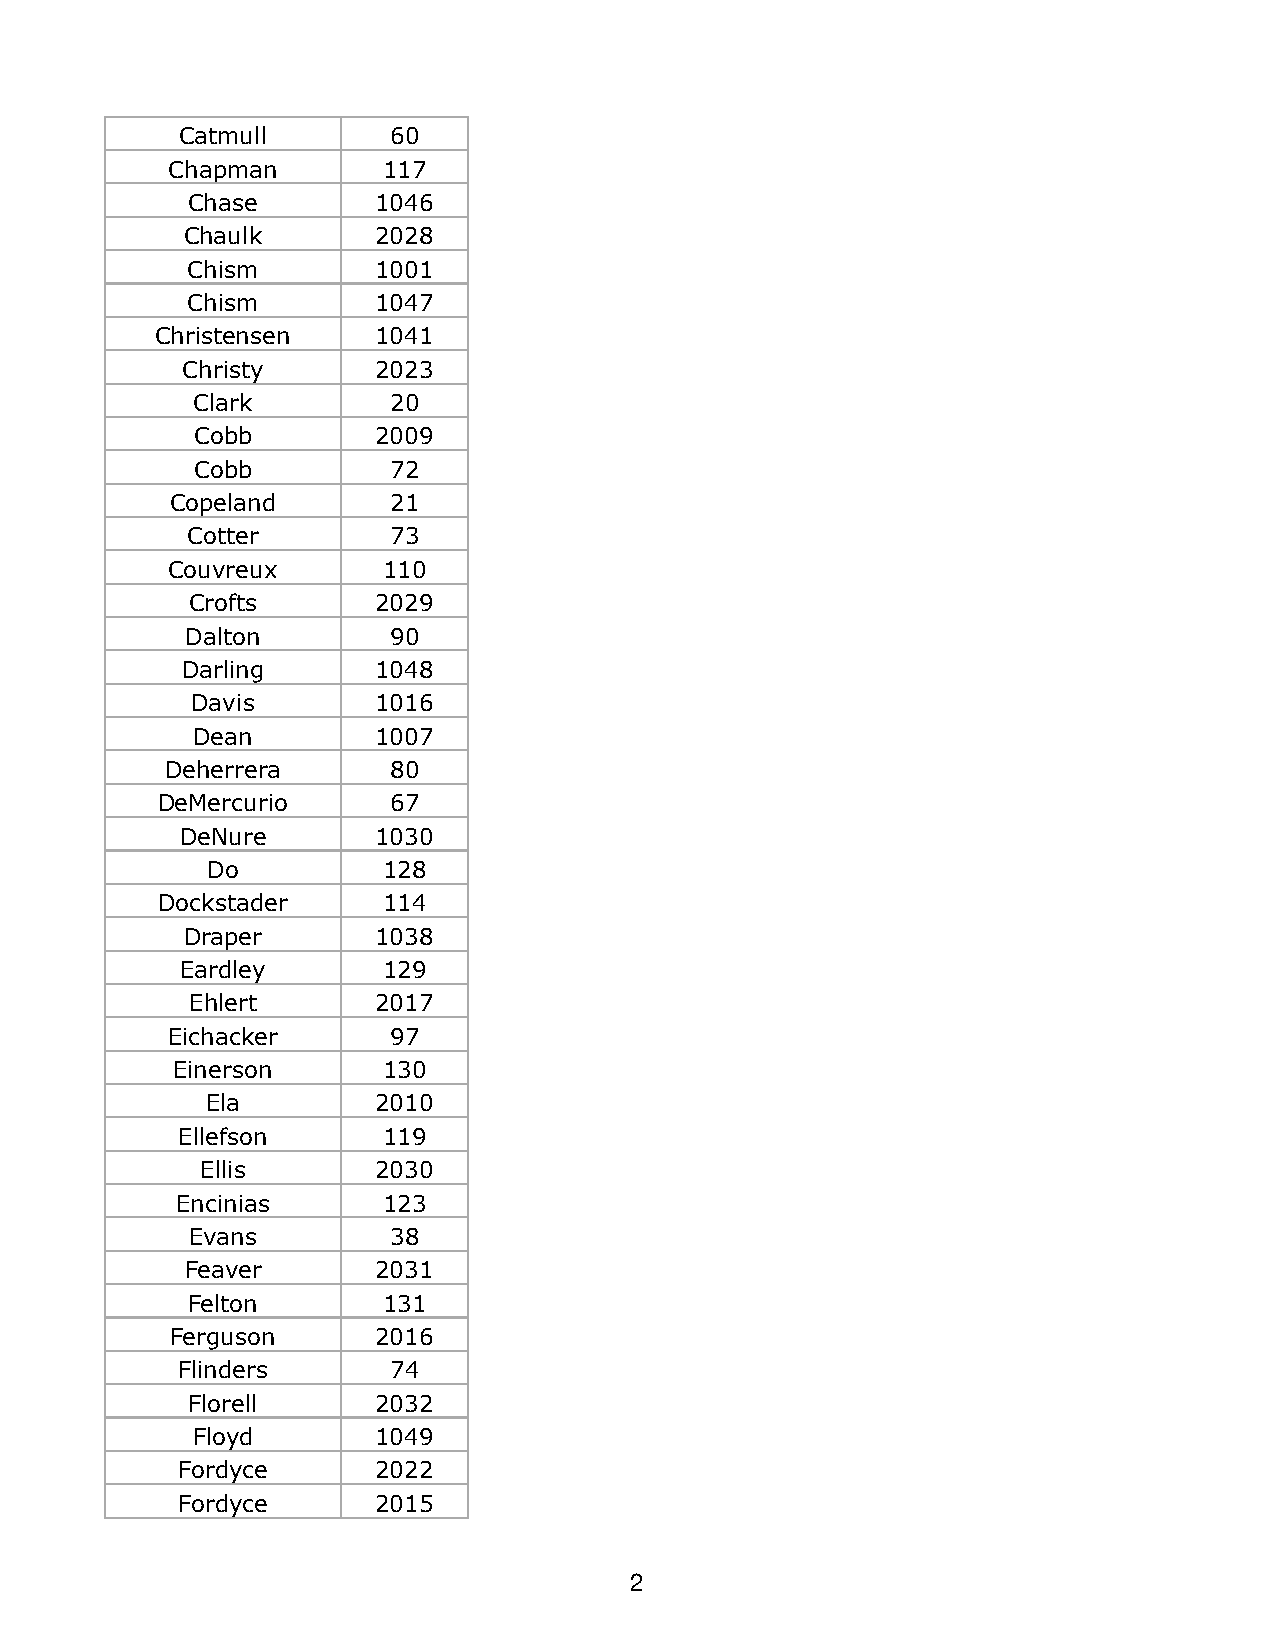
Catmull       60
 Chapman       117
 Chase        1046
 Chaulk       2028
 Chism        1001
 Chism        1047
 Christensen    1041
 Christy      2023
 Clark        20
 Cobb        2009
 Cobb         72
 Copeland       21
 Cotter        73
 Couvreux      110
 Crofts       2029
 Dalton        90
 Darling      1048
 Davis       1016
 Dean        1007
 Deherrera      80
 DeMercurio      67
 DeNure       1030
 Do         128
 Dockstader     114
 Draper       1038
 Eardley      129
 Ehlert      2017
 Eichacker      97
 Einerson      130
 Ela        2010
 Ellefson     119
 Ellis       2030
 Encinias     123
 Evans        38
 Feaver       2031
 Felton       131
 Ferguson      2016
 Flinders      74
 Florell      2032
 Floyd       1049
 Fordyce      2022
 Fordyce      2015
 2